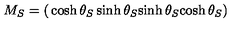
M _ { S } = \left( \begin{matrix} { \cosh \theta _ { S } } & { \sinh \theta _ { S } } \\ { \sinh \theta _ { S } } & { \cosh \theta _ { S } } \\ \end{matrix} \right)